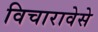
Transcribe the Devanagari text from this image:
विचारावेसे